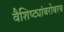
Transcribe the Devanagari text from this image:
वैशिष्ट्यांबरोबरच